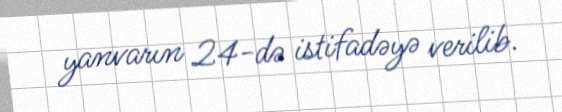
yanvarın 24-də istifadəyə verilib.